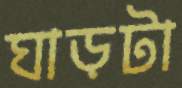
ঘাড়টা